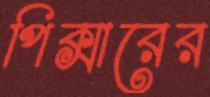
পিক্সারের